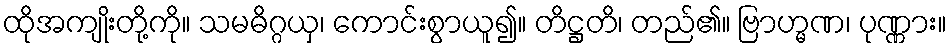
ထိုအကျိုးတို့ကို။ သမဓိဂ္ဂယှ၊ ကောင်းစွာယူ၍။ တိဋ္ဌတိ၊ တည်၏။ ဗြာဟ္မဏ၊ ပုဏ္ဏား။